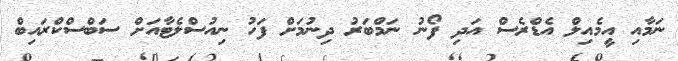
ނަމާއި އީމެއިލް އެޑްރެސް އަދި ފޯނު ނަމްބަރު ދިނުމަށް ފަހު ނިއުސްލެޓާއަށް ސަބްސްކްރައިބް